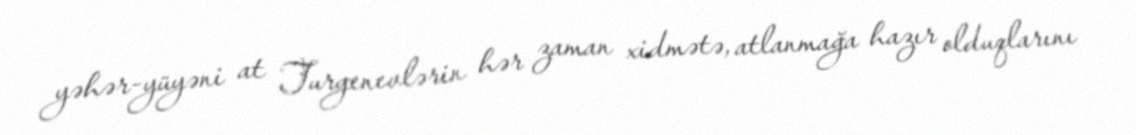
yəhər-yüyəni at Turgenevlərin hər zaman xidmətə, atlanmağa hazır olduqlarını